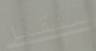
ستقبل